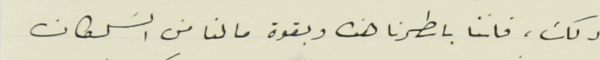
ذلك، فاننا باسطرنا هذه وبقوة ما لنا من السَلطان